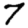
Digit: 7